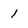
Character: 1